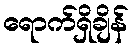
ရောက်ရှိချိန်